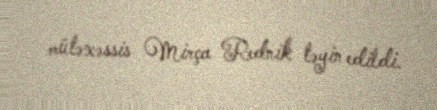
mütəxəssis Mirça Rednik təyin edildi.